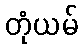
တုံယမ်